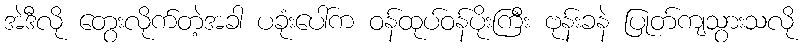
အဲဒီလို တွေးလိုက်တဲ့အခါ ပခုံးပေါ်က ဝန်ထုပ်ဝန်ပိုးကြီး ဗုန်းခနဲ ပြုတ်ကျသွားသလို